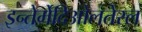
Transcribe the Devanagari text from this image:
इन्तेर्मेदिओलतेरल